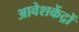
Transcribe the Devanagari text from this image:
आवेशकेंद्रों